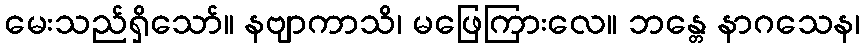
မေးသည်ရှိသော်။ နဗျာကာသိ၊ မဖြေကြားလေ။ ဘန္တေ နာဂသေန၊